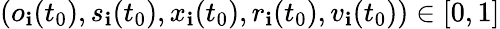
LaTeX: (o_{\mathbf{i}}(t_{0}),s_{\mathbf{i}}(t_{0}),x_{\mathbf{i}}(t_{0}),r_{\mathbf{i}}(t_{0}),v_{\mathbf{i}}(t_{0}))\in[0,1]